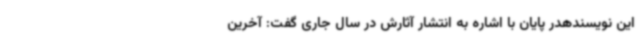
این نویسندهدر پایان با اشاره به انتشار آثارش در سال جاری گفت: آخرین